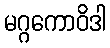
မဂ္ဂကောဝိဒါ